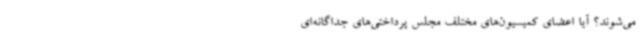
می‌شوند؟ آیا اعضای کمیسیون‌های مختلف مجلس پرداختی‌های جداگانه‌ای